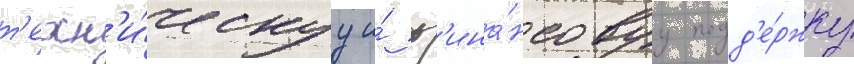
т'ехн'и́ческуу и́ ф'ина́нсовуу подд'е́ржку